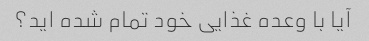
آیا با وعده غذایی خود تمام شده اید؟